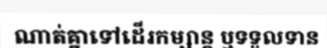
ណាត់គ្នាទៅដើរកម្សាន្ត ឬទទួលទាន